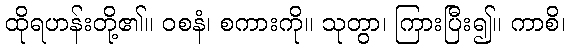
ထိုရဟန်းတို့၏။ ဝစနံ၊ စကားကို။ သုတွာ၊ ကြားပြီး၍။ ကာစိ၊